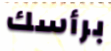
برأسك